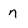
Character: n